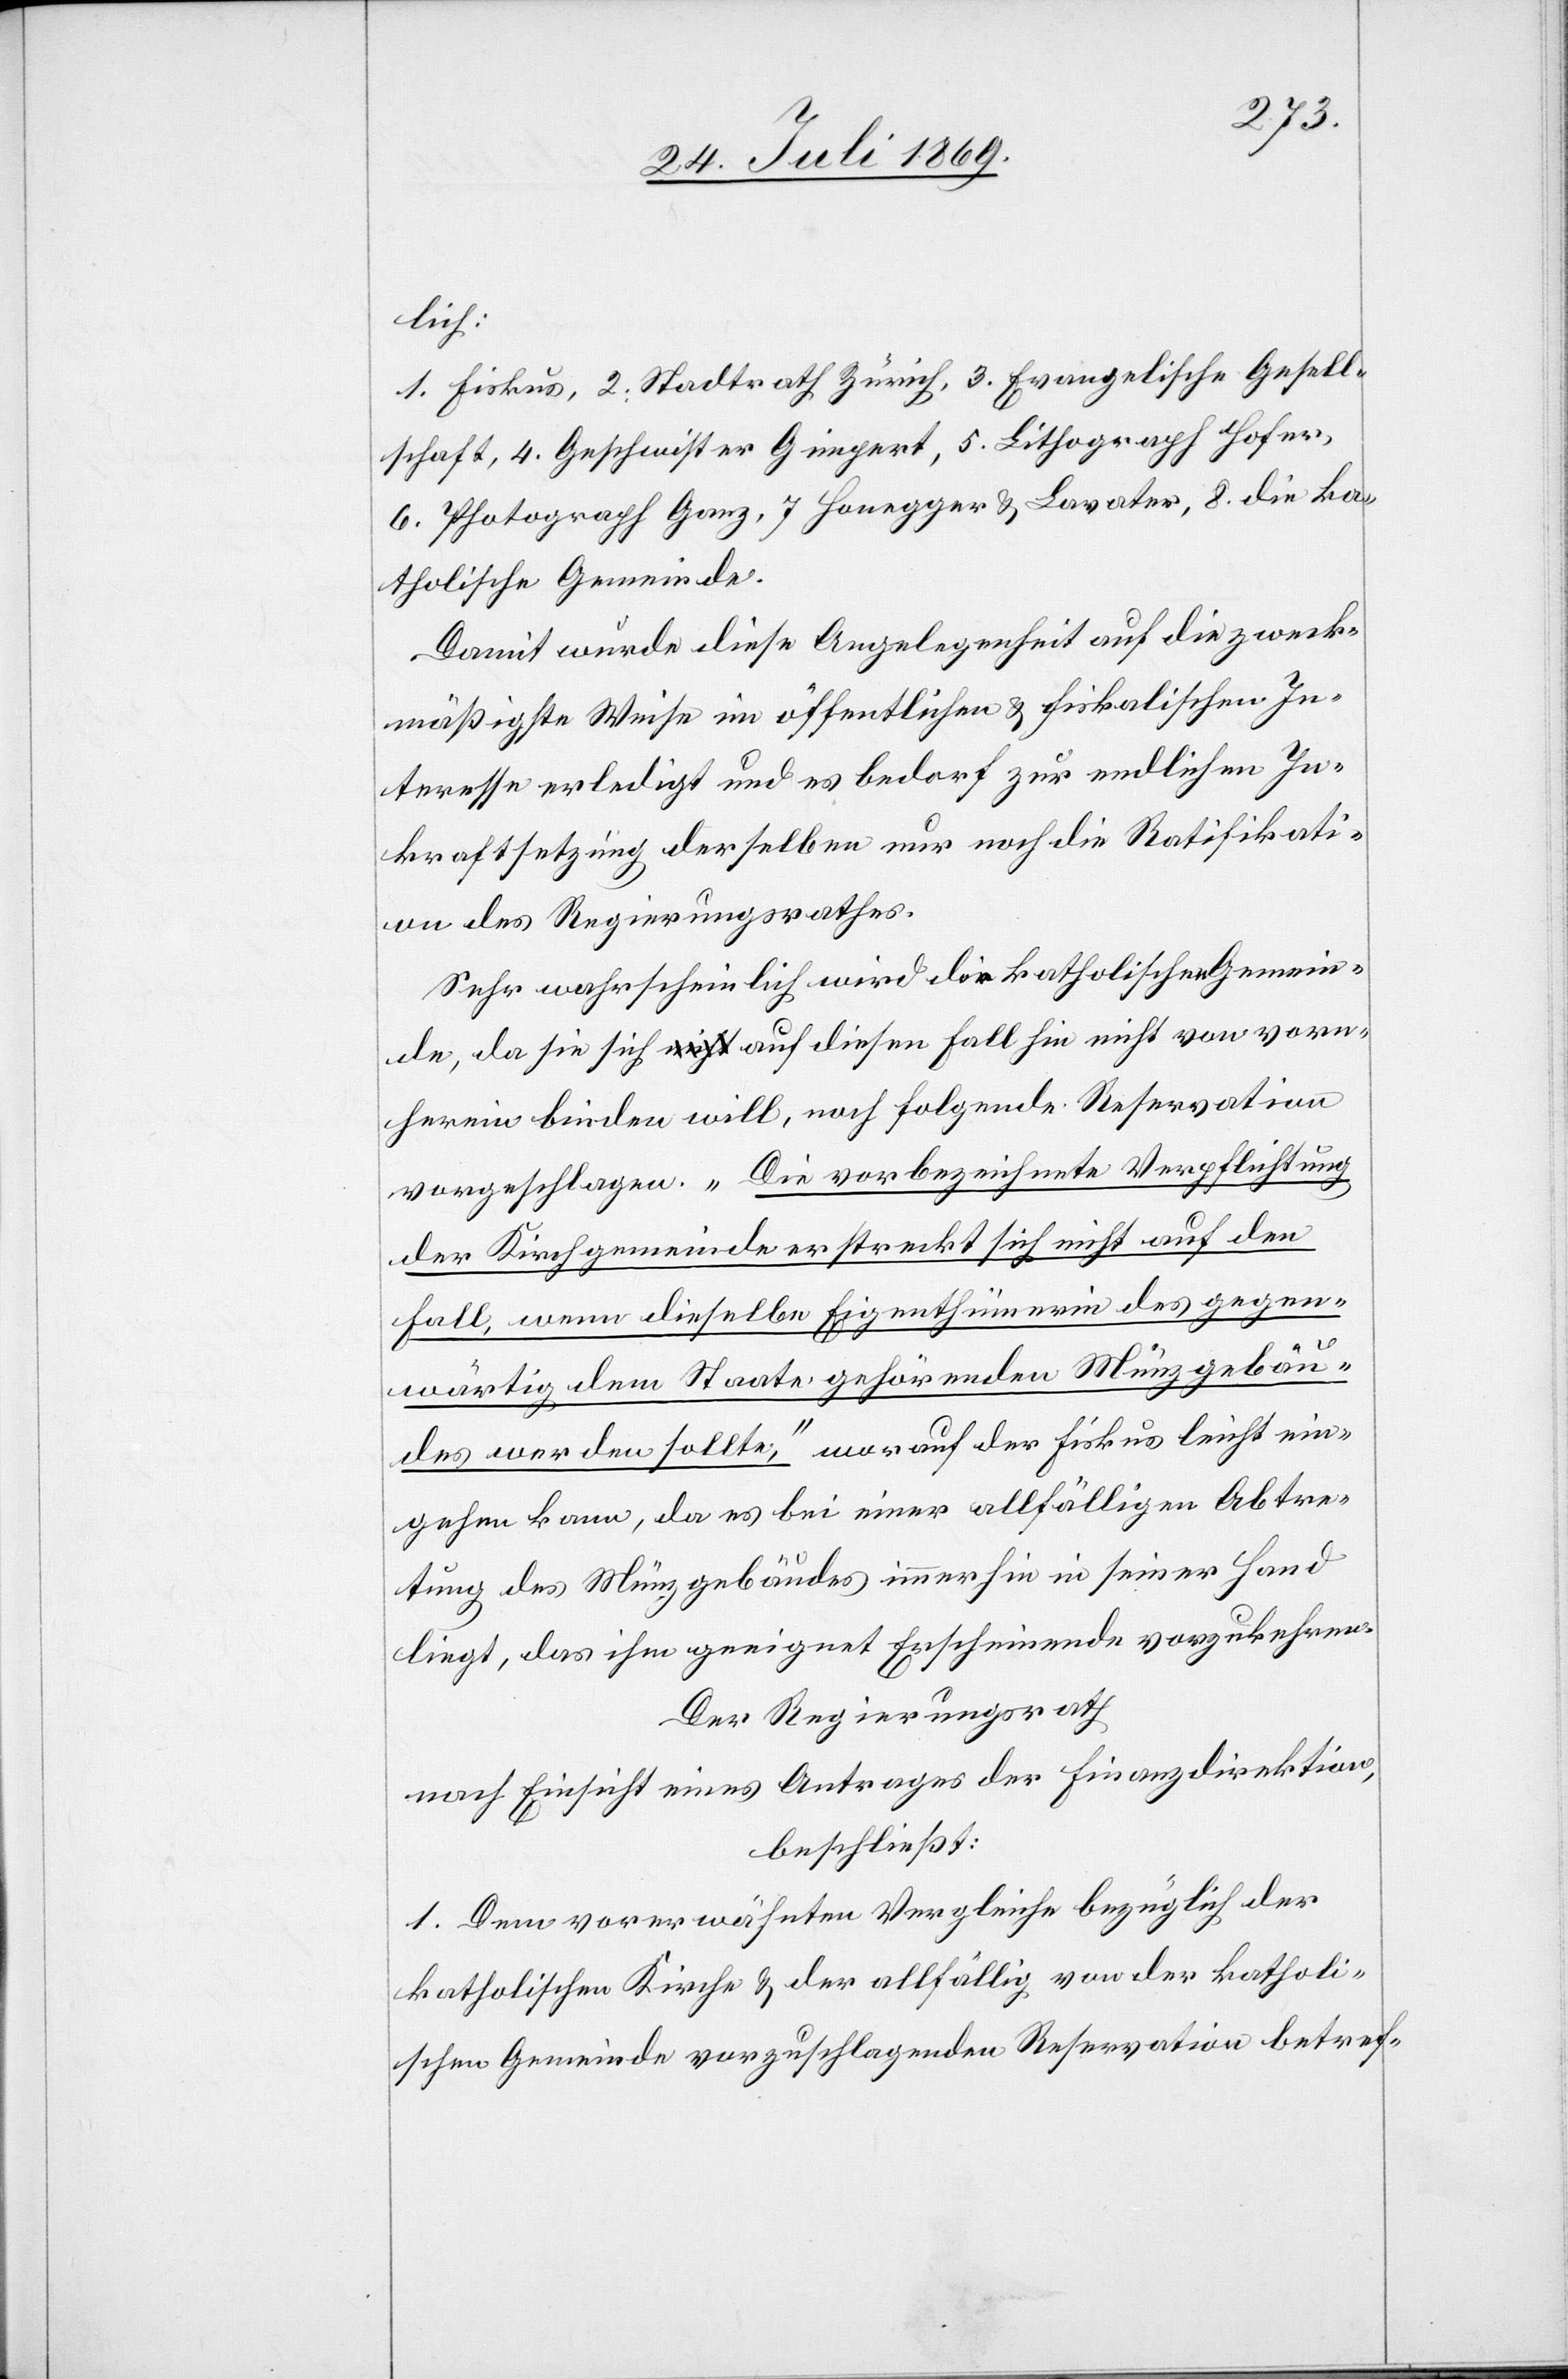
lich:
1. Fiskus, 2. Stadtrath Zürich, 3. Evangelische Gesell¬
schaft, 4. Geschwister Gingert, 5. Lithograph Hofer,
6. Photograph Ganz, 7 Honegger u. Lavater, 8. Die ka¬
tholische Gemeinde.
Damit wurde diese Angelegenheit auf die zweck¬
mäßigste Weise im öffentlichen u. fiskalischen In¬
teresse erledigt und es bedarf zur endlichen In¬
krafttretung derselben nur noch die Ratifikati¬
on des Regierungsrathes.
Sehr wahrscheinlich wird der katholischen Gemein¬
de, da sie sich auf diesen Fall hin nicht von vorne¬
herein binden will, nach folgende Reservation.
der Kirchgemeinde erstreckt sich nicht auf den
Fall, wenn dieselbe Eigenthümerin des gegen¬
wärtig dem Staate gehörenden Münzgebäu¬
des werden sollte,“ worauf der Fiskus leicht ein¬
gehen kann, da es bei einer allfälligen Abtre¬
tung des Münzgebäudes immerhin in seiner Hand
liegt, das ihm geeignet Erscheinende vorzukehren.
Der Regierungsrath
nach Einsicht eines Antrages der Finanzdirektion,
beschließt:
1. Dem vorerwähnten Vergleiche bezüglich der
katholischen Kirche u. der allfällig von der katholi¬
schen Gemeinde vorzuschlagenden Reservation betref-